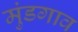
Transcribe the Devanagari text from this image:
मुंडगाव